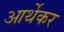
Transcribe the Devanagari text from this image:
आर्थेकर